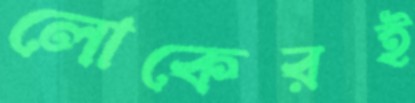
লোকেরই